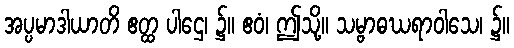
အပ္ပမာဒါယာတိ ဧတ္ထ ပါဌေ၊ ၌။ ဧဝံ၊ ဤသို့။ သမ္ဗာဓဃရာဝါသေ၊ ၌။